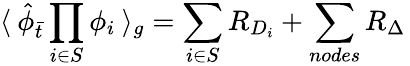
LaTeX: \langle\: {\hat{\phi}}_{\bar{t}}\prod_{i\in S}\phi_{i}\: \rangle_{g}=\sum_{i\in S}R_{D_{i}}+\sum_{nodes}R_{\Delta}\,